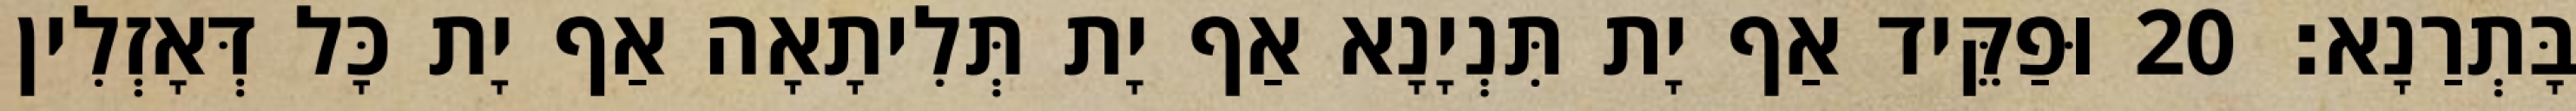
בָּתְרַנָא׃ 20 וּפַקֵּיד אַף יָת תִּנְיָנָא אַף יָת תְּלִיתָאָה אַף יָת כָּל דְּאָזְלִין